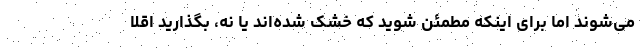
می‌شوند امّا برای اینکه مطمئن شوید که خشک شده‌اند یا نه، بگذارید اقلاً